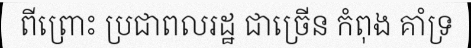
ពីព្រោះ ប្រជាពលរដ្ឋ ជាច្រើន កំពុង គាំទ្រ